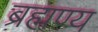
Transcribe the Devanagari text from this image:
ब्रह्मण्य